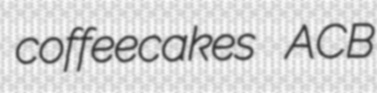
coffeecakes ACB